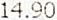
14.90